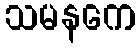
သမနကေ